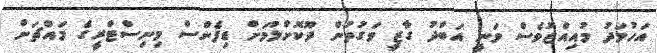
އަހުމަދު މުއިއްޒުވެސް ވަނީ އަބްދު ގާޒީ ވަގުތުން ދޫކޮށްލުމަށް ޑިފެންސް މިނިސްޓްރީގެ މައްޗަށް